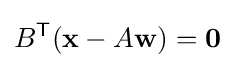
B^{\mathsf {T}}(\mathbf {x} -A\mathbf {w} )=\mathbf {0}